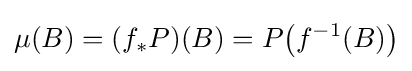
\displaystyle \mu (B)=(f_{*}P)(B)=P{\big (}f^{-1}(B){\big )}